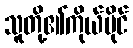
သူတို့၏ကိုယ်ပိုင်